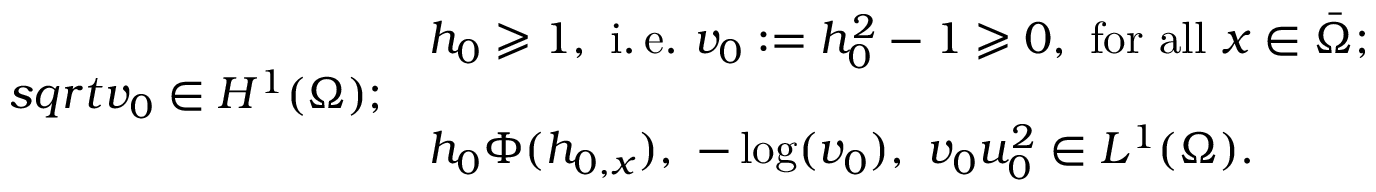
\begin{array} { r l } & { h _ { 0 } \geqslant 1 , \mathrm { ~ i . \, e . ~ } v _ { 0 } : = h _ { 0 } ^ { 2 } - 1 \geqslant 0 , \mathrm { ~ f o r ~ a l l ~ } x \in \bar { \Omega } ; } \\ { s q r t { v _ { 0 } } \in H ^ { 1 } ( \Omega ) ; } \\ & { h _ { 0 } \Phi ( h _ { 0 , x } ) , \ - \log ( v _ { 0 } ) , \ v _ { 0 } u _ { 0 } ^ { 2 } \in L ^ { 1 } ( \Omega ) . } \end{array}